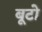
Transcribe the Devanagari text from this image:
बूटो